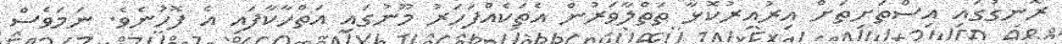
ރޮނގުގައި އިސްތަށިތަށް އިރުއިރުކޮޅާ ތަތްލާވަރުން އެތަކެއްފަހަރު މޫނުގައި އަތްހާކާފައި އެ ފޮހުނެވެ. ނަމަވެސް